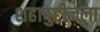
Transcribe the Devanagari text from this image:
शहाबुद्दीनला